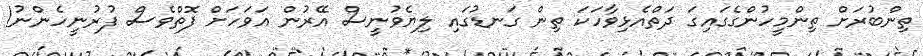
ތިންބުރަށް ތިންމީހުންގެގައިގަ ދަތްއެޅިވާހަކަ ތިން ގަނޑުގައި ލިޔެވުނީސް އޭރުން އަވަހަށް ފޮތްވެސް ފުރުނީހެންނު!